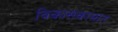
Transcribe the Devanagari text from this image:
विकासकामात